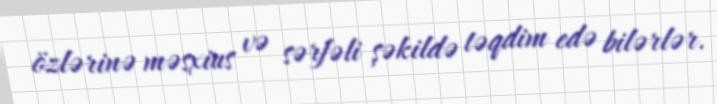
özlərinə məsxius və sərfəli şəkildə təqdim edə bilərlər.